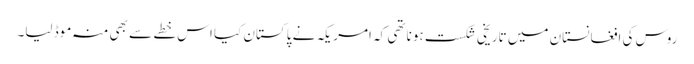
روس کی افغانستان میں تاریخی شکست ہونا تھی کہ امریکہ نے پاکستان کیا اس خطے سے بھی منہ موڈ لیا۔